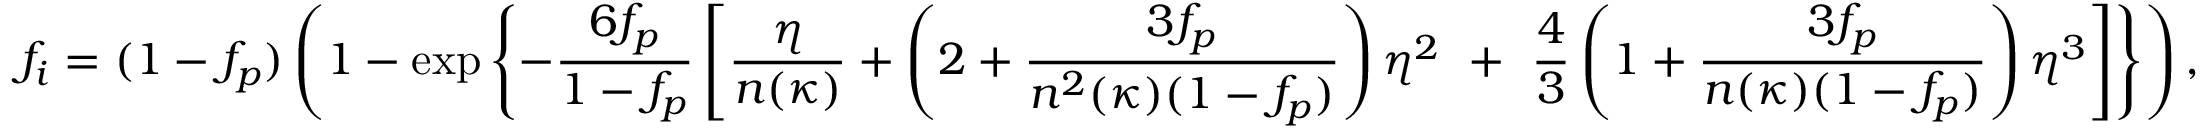
f _ { i } = ( 1 - f _ { p } ) \left( 1 - \exp \left\{ - \frac { 6 f _ { p } } { 1 - f _ { p } } \left[ \frac { \eta } { n ( \kappa ) } + \left( 2 + \frac { 3 f _ { p } } { n ^ { 2 } ( \kappa ) ( 1 - f _ { p } ) } \right) \eta ^ { 2 } \right. \right. \right. + \left. \left. \left. \frac { 4 } { 3 } \left( 1 + \frac { 3 f _ { p } } { n ( \kappa ) ( 1 - f _ { p } ) } \right) \eta ^ { 3 } \right] \right\} \right) ,